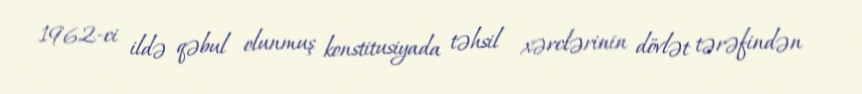
1962-ci ildə qəbul olunmuş konstitusiyada təhsil xərclərinin dövlət tərəfindən